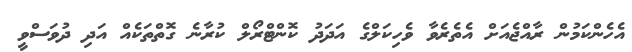
އެހެންކަމުން ރާއްޖެއަށް އެތެރެވާ ވެހިކަލްގެ އަދަދު ކޮންޓްރޯލް ކުރާނެ ގޮތްތަކެއް އަދި ދުވަސްވީ